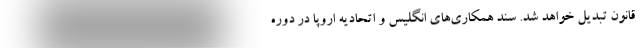
قانون تبدیل خواهد شد. سند همکاری‌های انگلیس و اتحادیه اروپا در دوره